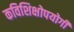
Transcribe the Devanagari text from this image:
कविशिक्षोपयोगी